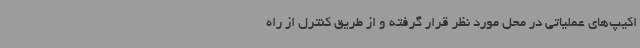
اکیپ‌های عملیاتی در محل مورد نظر قرار گرفته و از طریق کنترل از راه